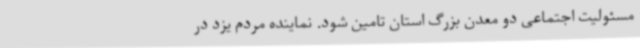
مسئولیت اجتماعی دو معدن بزرگ استان تامین شود. نماینده مردم یزد در